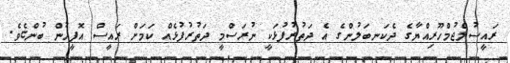
ރައީސުލްޖުމްހޫރިއްޔާގެ ދެކަނބަލުންގެ އެ ދަތުރުފުޅަކީ ނުރަސްމީ ދަތުރުފުޅެއް ކަމަށް ރައީސް އޮފީހުން ބުންޏެވެ.